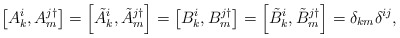
\begin{align*}\left[ A_{k}^{i},A_{m}^{j\dagger }\right] =\left[ \tilde{A}_{k}^{i},\tilde{A}_{m}^{j\dagger }\right] =\left[ B_{k}^{i},B_{m}^{j\dagger }\right]=\left[ \tilde{B}_{k}^{i},\tilde{B}_{m}^{j\dagger }\right]=\delta _{km}\delta ^{ij},\end{align*}